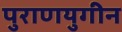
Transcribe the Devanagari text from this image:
पुराणयुगीन